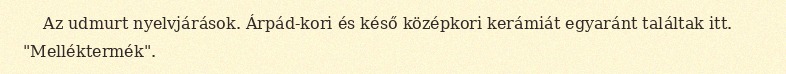
Az udmurt nyelvjárások. Árpád-kori és késő középkori kerámiát egyaránt találtak itt. "Melléktermék".